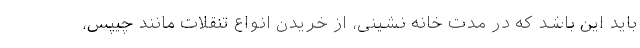
باید این باشد که در مدت خانه نشینی، از خریدن انواع تنقلات مانند چیپس،